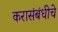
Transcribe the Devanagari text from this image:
करासंबंधीचे